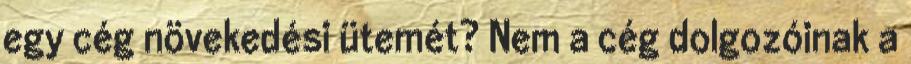
egy cég növekedési ütemét? Nem a cég dolgozóinak a